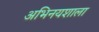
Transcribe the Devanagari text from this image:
अभिनयशाला